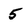
Character: 5